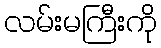
လမ်းမကြီးကို